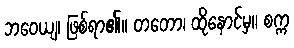
ဘဝေယျ၊ ဖြစ်ရာ၏။ တတော၊ ထိုနောင်မှ။ စက္က